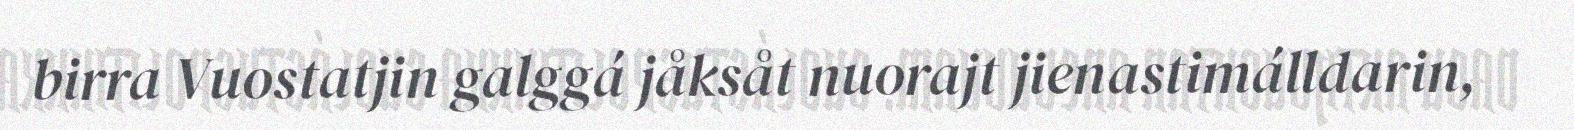
birra Vuostatjin galggá jåksåt nuorajt jienastimálldarin,